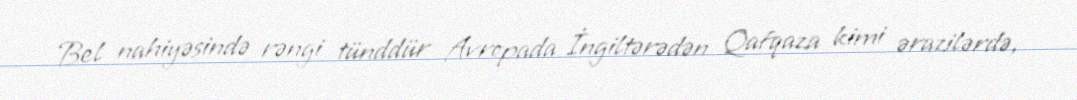
Bel nahiyəsində rəngi tünddür Avropada İngiltərədən Qafqaza kimi ərazilərdə,